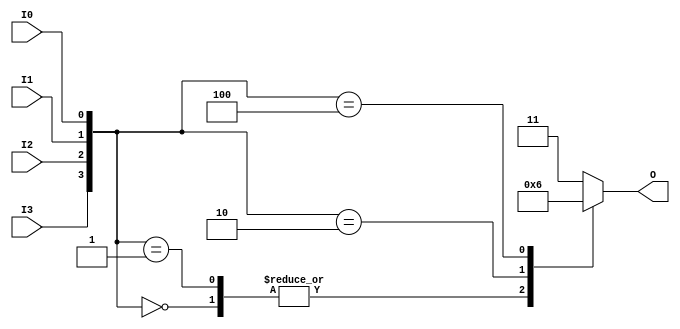
module binary_encoder (
    input wire I0,
    input wire I1,
    input wire I2,
    input wire I3,
    output reg [1:0] O
);

always @(*) begin
    case ({I3, I2, I1, I0}) // Concatenate inputs to create a 4-bit vector
        4'b0000: O = 2'b00; // No input active
        4'b0001: O = 2'b00; // I0 active
        4'b0010: O = 2'b01; // I1 active
        4'b0100: O = 2'b10; // I2 active
        4'b1000: O = 2'b11; // I3 active
        default: O = 2'b11; // Invalid state (multiple inputs active); output will reflect highest priority (I3)
    endcase
end

endmodule